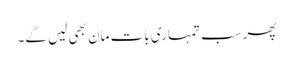
پھر سب تمہاری بات مان بھی لیں گے۔